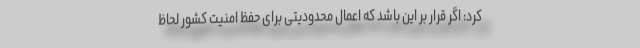
کرد: اگر قرار بر این باشد که اعمال محدودیتی برای حفظ امنیت کشور لحاظ